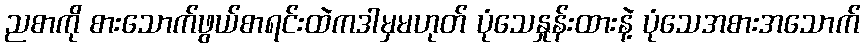
ညစာကို စားသောက်ဖွယ်စာရင်းထဲကဒါမှမဟုတ် ပုံသေနှုန်းထားနဲ့ ပုံသေအစားအသောက်